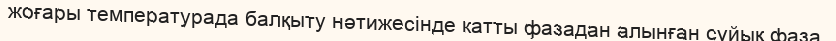
жоғары температурада балқыту нәтижесінде катты фазадан алынған сұйық фаза.